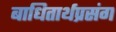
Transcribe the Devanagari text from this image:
बाधितार्थप्रसंग